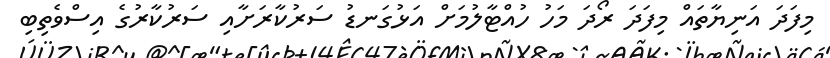
މިފަދަ އަނިޔާތައް މިފަދަ ރޯދަ މަހު ހުއްޓާލުމަށް އަޅުގަނޑު ސަރުކާރަށާއި ސަރުކާރުގެ އިސްވެތިބި